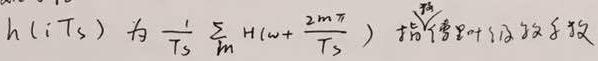
$h(iT_s) = \frac{1}{T_s} \sum_m H(\omega + \frac{2m\pi}{T_s})$